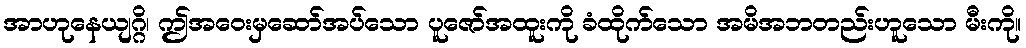
အာဟုနေယျဂ္ဂိ၊ ဤအဝေးမှဆော်အပ်သော ပူဇော်အထူးကို ခံထိုက်သော အမိအဘတည်းဟူသော မီးကို။